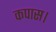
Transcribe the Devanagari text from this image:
कपास।